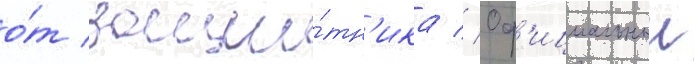
о́т защи́тн'ика // Оф'ициальныи